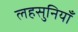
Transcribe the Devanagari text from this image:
लहसुनियाँ